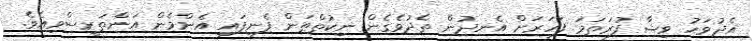
އެދުވަހު ވިޝާ ފުރަތަމަ ފަހަރަށް އެނދުން ތެދުވެގެން ނިކުތްތަން ފެނިފައި އެންމެން އަންތަރީސްވިއެވެ.